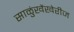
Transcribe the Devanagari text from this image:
साळुंखेंखेरीज